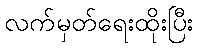
လက်မှတ်ရေးထိုးပြီး